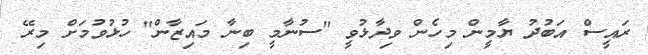
ރައީސް އަބުދު ޔާމީން މިހެން ވިދާޅުވީ "ސުނާމީ ބިނާ މައިޒާން" ހުޅުވުމަށް މިރޭ